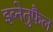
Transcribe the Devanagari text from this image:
इब्नेतुफैल